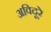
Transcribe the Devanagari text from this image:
अविदूरे